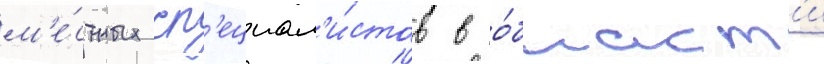
м'е́стных сп'ециал'и́стов в о́бласт'и